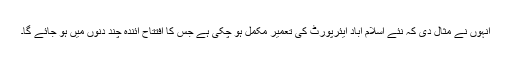
انہوں نے مثال دی کہ نئے اسلام آباد ایئرپورٹ کی تعمیر مکمل ہو چکی ہے جس کا افتتاح آئندہ چند دنوں میں ہو جائے گا۔